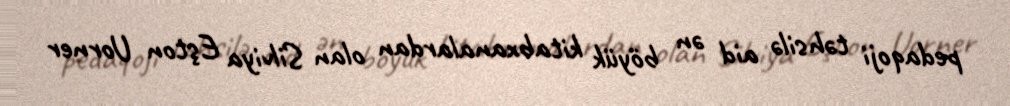
pedaqoji təhsilə aid ən böyük kitabxanalardan olan Silviya Eşton Uorner